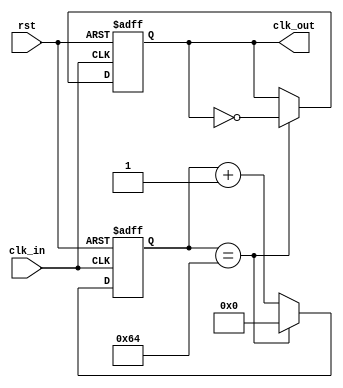
module clock_divnew(clk_in, rst, clk_out);
  parameter FINAL_COUNT = 100;
  input clk_in;
  input rst;
  output clk_out;
  
  reg clk_out;
  reg [23:0] count = 0; 
    
  always @(posedge clk_in or posedge rst) begin
    if (rst == 1) begin
		  count = 0;
		  clk_out = 0;
    end
	 else
	   if (count == FINAL_COUNT) begin
		  clk_out = ~clk_out;
		  count = 0;
		end
		else begin
		  count = count + 1;
		end
  end

endmodule